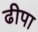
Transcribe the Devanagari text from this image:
ढीपा